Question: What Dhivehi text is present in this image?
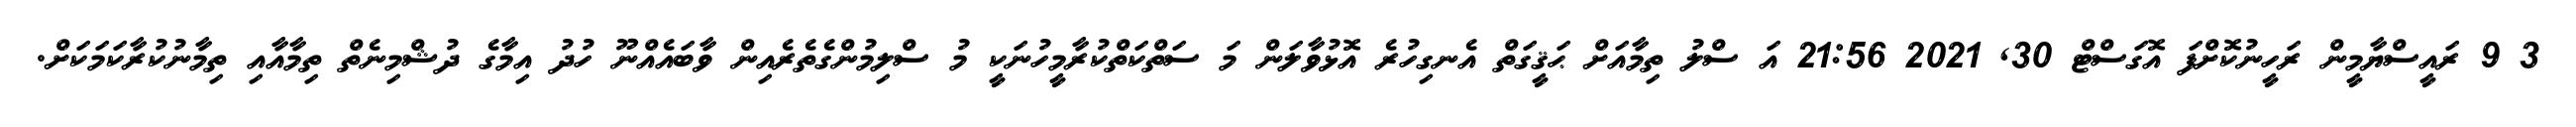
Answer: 3 9 ރައީސްޔާމީން ރަހީނުކޮށްފަ އޮގަސްޓް 30, 2021 21:56 އަ ސްލު ތިމާއަށް ޙަޤީގަތް އެނގިހުރެ އޮޅުވާލަން މަ ސަތްކަތްކުރާމީހުނަކީ މު ސްލިމުންގެތެރެއިން ވާބައެއްނޫ ހުދު އިމާގެ ދުޝްމިނެތް ތިމާއާއި ތިމާނުކުރާކަމަކަށް.